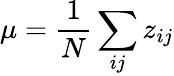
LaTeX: \mu=\frac{1}{N}\sum_{ij}z_{ij}